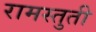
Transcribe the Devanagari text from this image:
रामस्तुती